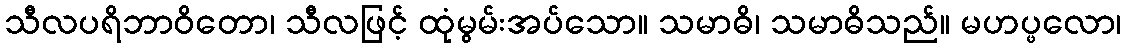
သီလပရိဘာဝိတော၊ သီလဖြင့် ထုံမွမ်းအပ်သော။ သမာဓိ၊ သမာဓိသည်။ မဟပ္ဖလော၊